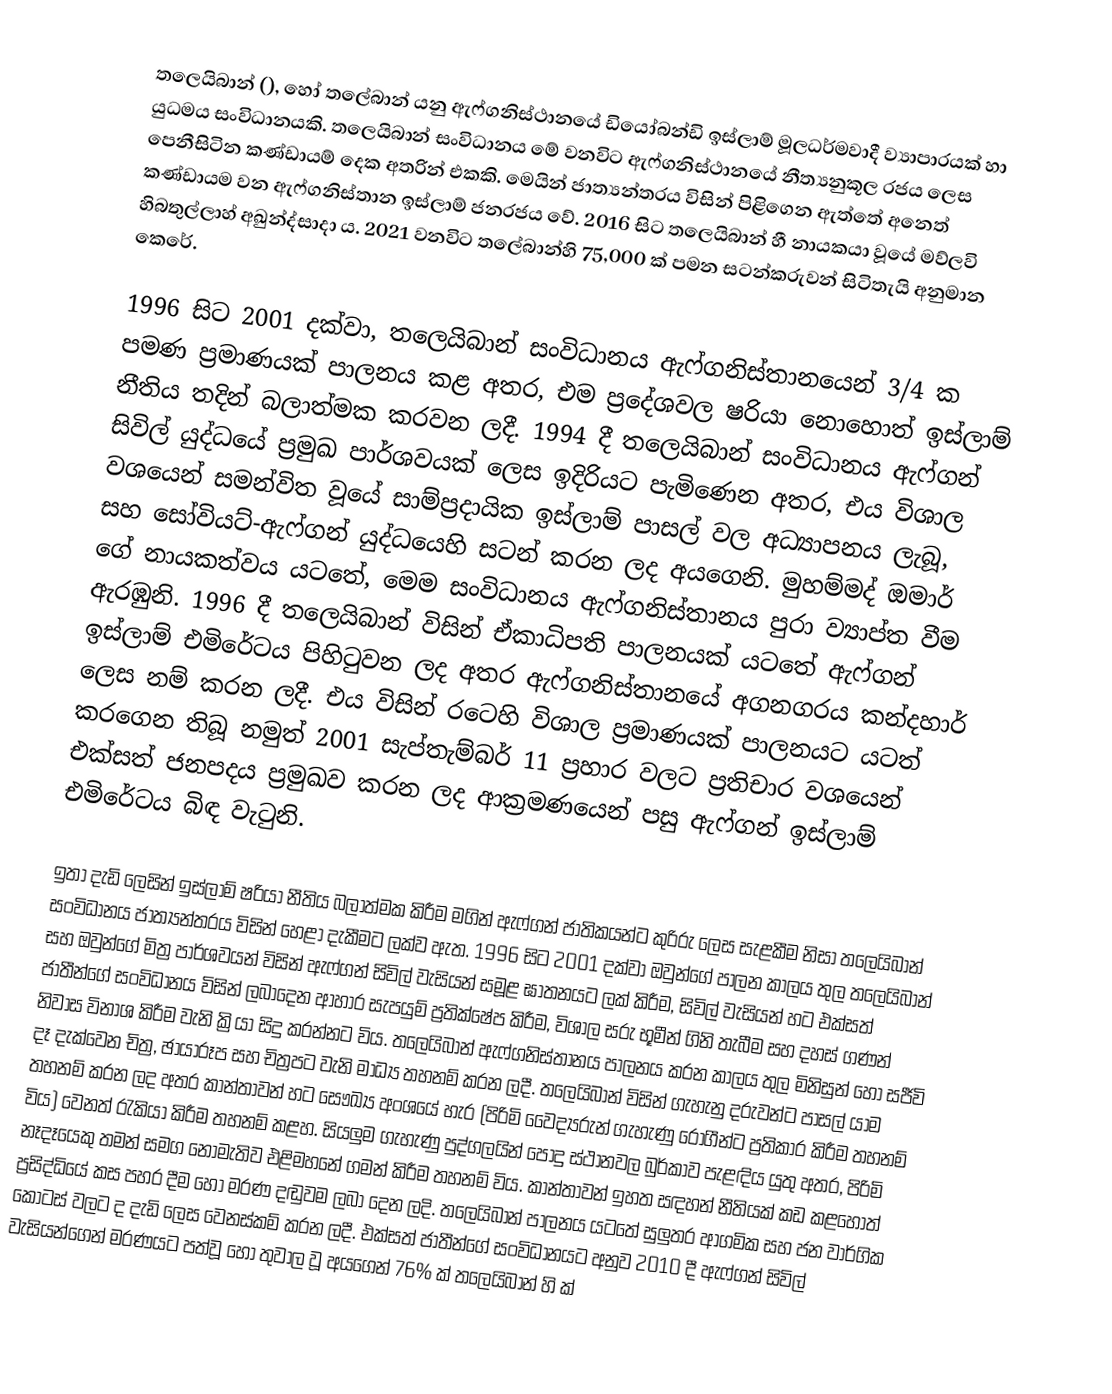
තලෙයිබාන් (), හෝ තලේබාන් යනු ඇෆ්ගනිස්ථානයේ ඩියෝබන්ඩි ඉස්ලාම් මූලධර්මවාදී ව්‍යාපාරයක් හා යුධමය සංවිධානයකි. තලෙයිබාන් සංවිධානය මේ වනවිට ඇෆ්ගනිස්ථානයේ නීත්‍යනුකූල රජය ලෙස පෙනීසිටින කණ්ඩායම් දෙක අතරින් එකකි. මෙයින් ජාත්‍යන්තරය විසින් පිළිගෙන ඇත්තේ අනෙත් කණ්ඩායම වන ඇෆ්ගනිස්තාන ඉස්ලාම් ජනරජය වේ. 2016 සිට තලෙයිබාන් හී නායකයා වූයේ මව්ලවි හිබතුල්ලාහ් අඛුන්ද්සාදා ය. 2021 වනවිට තලේබාන්හි 75,000 ක් පමන සටන්කරුවන් සිටිතැයි අනුමාන කෙරේ.

1996 සිට 2001 දක්වා, තලෙයිබාන් සංවිධානය ඇෆ්ගනිස්තානයෙන් 3/4 ක පමණ ප්‍රමාණයක් පාලනය කළ අතර, එම ප්‍රදේශවල ෂරියා නොහොත් ඉස්ලාම් නීතිය තදින් බලාත්මක කරවන ලදී. 1994 දී තලෙයිබාන් සංවිධානය ඇෆ්ගන් සිවිල් යුද්ධයේ ප්‍රමුඛ පාර්ශවයක් ලෙස ඉදිරියට පැමිණෙන අතර, එය විශාල වශයෙන් සමන්විත වූයේ සාම්ප්‍රදායික ඉස්ලාම් පාසල් වල අධ්‍යාපනය ලැබූ, සහ සෝවියට්-ඇෆ්ගන් යුද්ධයෙහි සටන් කරන ලද අයගෙනි. මුහම්මද් ඔමාර් ගේ නායකත්වය යටතේ, මෙම සංවිධානය ඇෆ්ගනිස්තානය පුරා ව්‍යාප්ත වීම ඇරඹුනි. 1996 දී තලෙයිබාන් විසින් ඒකාධිපති පාලනයක් යටතේ ඇෆ්ගන් ඉස්ලාම් එමිරේටය පිහිටුවන ලද අතර ඇෆ්ගනිස්තානයේ අගනගරය කන්දහාර් ලෙස නම් කරන ලදී. එය විසින් රටෙහි විශාල ප්‍රමාණයක් පාලනයට යටත් කරගෙන තිබූ නමුත් 2001 සැප්තැම්බර් 11 ප්‍රහාර වලට ප්‍රතිචාර වශයෙන් එක්සත් ජනපදය ප්‍රමුඛව කරන ලද ආක්‍රමණයෙන් පසු ඇෆ්ගන් ඉස්ලාම් එමිරේටය බිඳ වැටුනි.

ඉතා දැඩි ලෙසින් ඉස්ලාම් ෂරියා නීතිය බලාත්මක කිරීම මගින් ඇෆ්ගන් ජාතිකයන්ට කුරිරු ලෙස සැළකීම නිසා තලෙයිබාන් සංවිධානය ජාත්‍යන්තරය විසින් හෙළා දැකීමට ලක්ව ඇත. 1996 සිට 2001 දක්වා ඔවුන්ගේ පාලන කාලය තුල තලෙයිබාන් සහ ඔවුන්ගේ මිත්‍ර පාර්ශවයන් විසින් ඇෆ්ගන් සිවිල් වැසියන් සමූළ ඝාතනයට ලක් කිරීම, සිවිල් වැසියන් හට එක්සත් ජාතීන්ගේ සංවිධානය විසින් ලබාදෙන ආහාර සැපයුම් ප්‍රතික්ෂේප කිරීම, විශාල සරු භූමීන් ගිනි තැබීම සහ දහස් ගණන් නිවාස විනාශ කිරීම වැනි ක්‍රියා සිදු කරන්නට විය. තලෙයිබාන් ඇෆ්ගනිස්තානය පාලනය කරන කාලය තුල මිනිසුන් හෝ සජීවි දෑ දැක්වෙන චිත්‍ර, ඡායාරූප සහ චිත්‍රපට වැනි මාධ්‍ය තහනම් කරන ලදී. තලෙයිබාන් විසින් ගැහැනු දරුවන්ට පාසල් යාම තහනම් කරන ලද අතර කාන්තාවන් හට සෞඛ්‍ය අංශයේ හැර (පිරිමි වෛද්‍යරුන් ගැහැණු රෝගීන්ට ප්‍රතිකාර කිරීම තහනම් විය) වෙනත් රැකියා කිරීම තහනම් කළහ. සියලුම ගැහැණු පුද්ගලයින් පොදු ස්ථානවල බුර්කාව පැළඳිය යුතු අතර, පිරිමි නෑදෑයෙකු තමන් සමග නොමැතිව එළිමහනේ ගමන් කිරීම තහනම් විය. කාන්තාවන් ඉහත සඳහන් නීතියක් කඩ කළහොත් ප්‍රසිද්ධියේ කස පහර දීම හෝ මරණ දඬුවම ලබා දෙන ලදි. තලෙයිබාන් පාලනය යටතේ සුලුතර ආගමික සහ ජන වාර්ගික කොටස් වලට ද දැඩි ලෙස වෙනස්කම් කරන ලදී. එක්සත් ජාතීන්ගේ සංවිධානයට අනුව 2010 දී ඇෆ්ගන් සිවිල් වැසියන්ගෙන් මරණයට පත්වූ හෝ තුවාල වූ අයගෙන් 76% ක් තලෙයිබාන් හි ක්‍